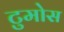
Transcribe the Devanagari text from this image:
टुमोस